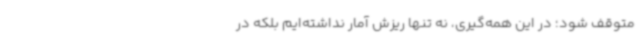
متوقف شود؛ در این همه‌گیری، نه تنها ریزش آمار نداشته‌ایم بلکه در